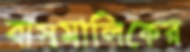
বাসমালিকের